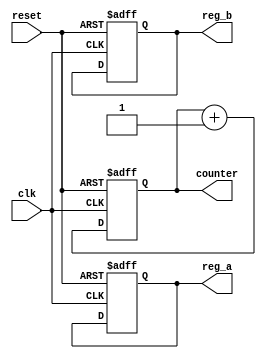
module parameter_focused_init #(
    parameter INITIAL_MODE = 1'b0,      // Operational mode (0 or 1)
    parameter INIT_VALUE_A = 8'h00,      // Initial value for register A
    parameter INIT_VALUE_B = 8'hFF,      // Initial value for register B
    parameter COUNTER_SIZE = 4            // Size of the counter
)(
    input wire clk,                       // Clock signal
    input wire reset,                     // Reset signal
    output reg [7:0] reg_a,               // Output register A
    output reg [7:0] reg_b,               // Output register B
    output reg [COUNTER_SIZE-1:0] counter // Counter output
);

    // Parameter focused initialization logic
    always @(posedge clk or posedge reset) begin
        if (reset) begin
            // Conditional initialization based on INITIAL_MODE
            case (INITIAL_MODE)
                1'b0: begin
                    // Mode 0 initialization
                    reg_a <= INIT_VALUE_A;
                    reg_b <= INIT_VALUE_B;
                end
                1'b1: begin
                    // Mode 1 initialization (example alternative values)
                    reg_a <= INIT_VALUE_B;
                    reg_b <= INIT_VALUE_A;
                end
                default: begin
                    // Default initialization
                    reg_a <= 8'h00; // Default case initialization
                    reg_b <= 8'h00;
                end
            endcase
            
            // Reset counter to zero
            counter <= {COUNTER_SIZE{1'b0}};
        end else begin
            // Normal operation incrementing the counter
            counter <= counter + 1'b1;      
        end
    end

endmodule